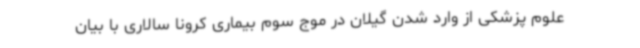
علوم پزشکی از وارد شدن گیلان در موج سوم بیماری کرونا سالاری با بیان